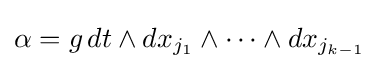
\alpha =g\,dt\wedge dx_{j_{1}}\wedge \cdots \wedge dx_{j_{k-1}}